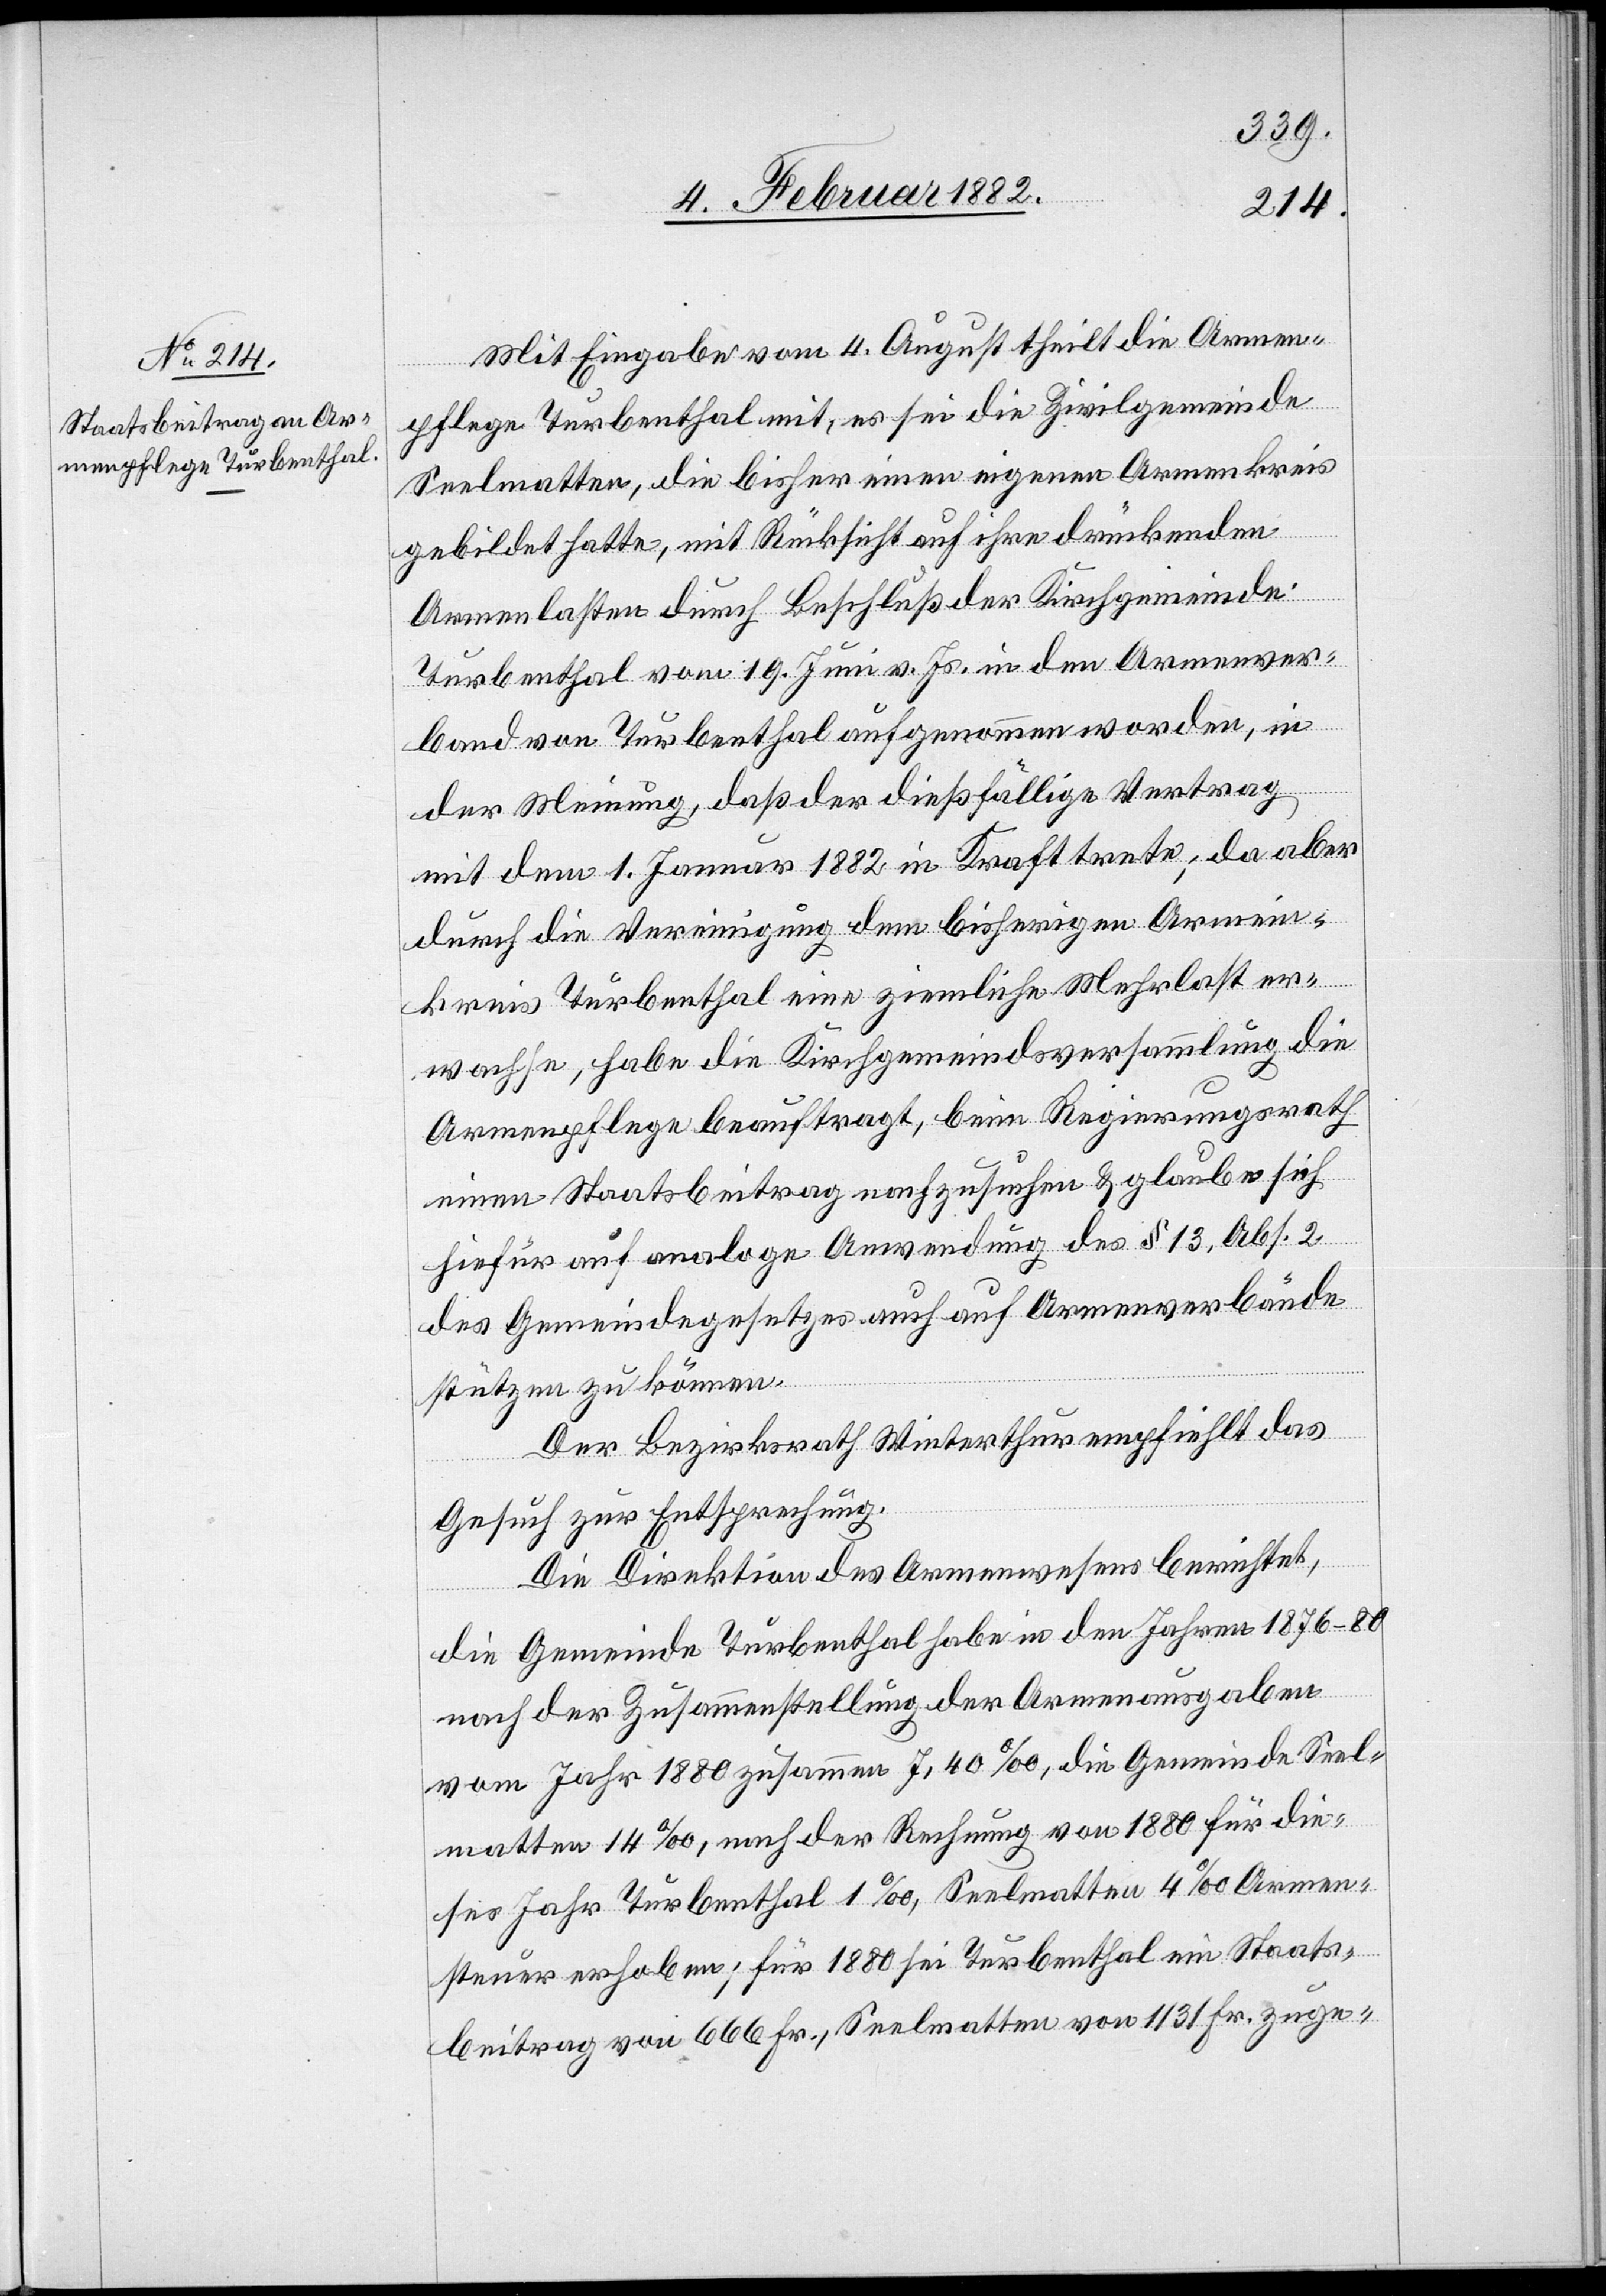
Mit Eingabe vom 4. August theilt die Armen¬
pflege Turbenthal mit, es sei die Zivilgemeinde
Seelmatten, die bisher einen eigenen Armenkreis
gebildet hatte, mit Rücksicht auf ihre drückenden
Armenlasten durch Beschluß der Kirchgemeinde
Turbenthal vom 19. Juni v. Js. in den Armenver¬
band von Turbenthal aufgenommen worden, in
der Meinung, daß der dießfällige Vertrag
mit dem 1. Januar 1882 in Kraft trete; da aber
durch die Vereinigung dem bisherigen Armen¬
kreis Turbenthal eine ziemliche Mehrlast er¬
wachse, habe die Kirchgemeindsversammlung die
Armenpflege beauftragt, beim Regierungsrath
einen Staatsbeitrag nachzusuchen & glaube sich
hiefür auf analoge Anwendung des § 13, Abs. 2
des Gemeindgesetzes auch noch Armenverbände
stützen zu können.
Der Bezirksrath Winterthur empfiehlt das
Gesuch zur Entsprechung.
Die Direktion des Armenwesens berichtet,
die Gemeinde Turbenthal habe in den Jahren 1876–80
nach der Zusammenstellung der Armenausgaben
vom Jahr 1880 zusammen 7,40‰, die Gemeinde Seel¬
matten 14‰, nach der Rechnung von 1880 für die¬
ses Jahr Turbenthal 1‰, Seelmatten 4‰ Armen¬
steuer erhoben; für 1880 sei Turbenthal ein Staats¬
beitrag von 666 Fr., Seelmatten von 1131 Fr. zuge-